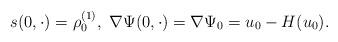
LaTeX: \begin{align*}s(0,\cdot)=\rho^{(1)}_0,\ \nabla\Psi(0,\cdot)=\nabla \Psi_0=u_0-H(u_0).\end{align*}